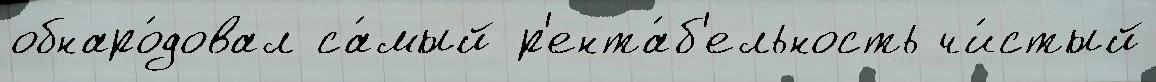
обнаро́довал са́мый р'ента́б'ельность чи́стый